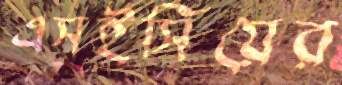
এসইসিয়ের